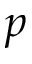
p